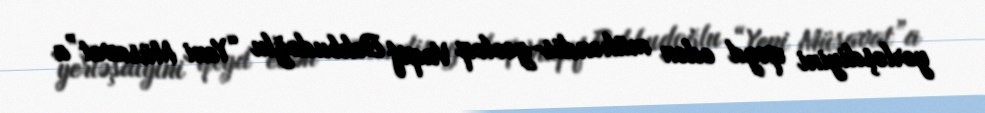
yerləşdiyini qeyd edən mühəndis-geoloq Vaqif Behbudoğlu “Yeni Müsavat”a